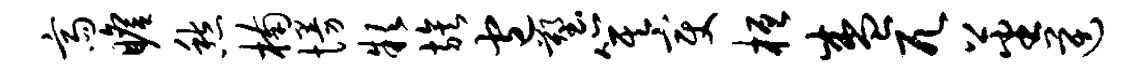
斋瞻愁楠慢款族包塑箕变桓盛兀蕃逆